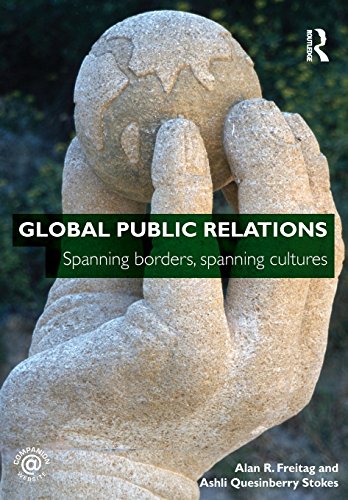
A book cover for Global Public Relations: Spanning Borders, Spanning Cultures; Alan R. Freitag; Business & Money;